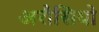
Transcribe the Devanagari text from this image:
अरौसियो